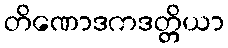
တိဏောဒကဒတ္တိယာ